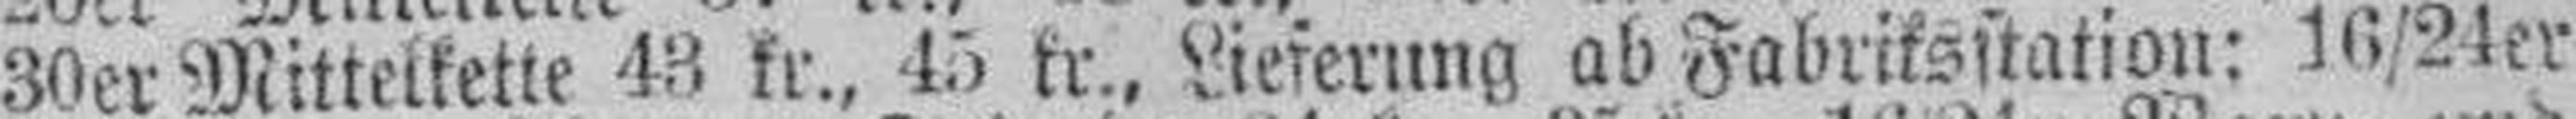
30er Mittelkette 43 kr., 45 kr., Lieferung ab Fabriksitation: 16/24er